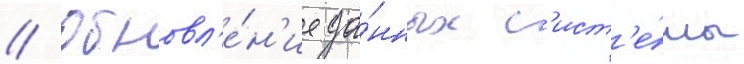
// Обновл'е́н'ие да́нных с'ист'е́мы